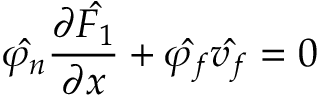
\hat { \varphi _ { n } } \frac { \partial \hat { F _ { 1 } } } { \partial x } + \hat { \varphi _ { f } } \hat { v _ { f } } = 0